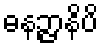
ဓနဉ္ဇာနိပိ